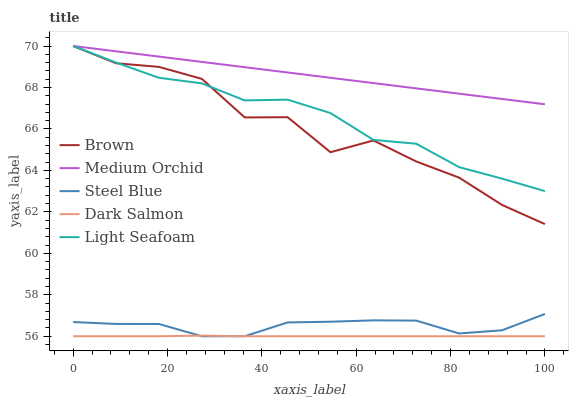
| xaxis_label | Brown | Medium Orchid | Steel Blue | Dark Salmon | Light Seafoam |
 | --- | --- | --- | --- | --- | --- |
 | 0 | 70 | 70 | 56.7 | 56 | 70 |
 | 9.09 | 69.2 | 69.7 | 56.6 | 56 | 69.2 |
 | 18.2 | 69 | 69.5 | 56.6 | 56 | 68.5 |
 | 27.3 | 68.4 | 69.2 | 56 | 56 | 68.2 |
 | 36.4 | 66.6 | 69 | 56 | 56 | 67.4 |
 | 45.5 | 66.6 | 68.7 | 56.7 | 56 | 67.4 |
 | 54.5 | 64.9 | 68.5 | 56.7 | 56 | 66.8 |
 | 63.6 | 65.4 | 68.2 | 56.8 | 56 | 65.5 |
 | 72.7 | 64.4 | 68 | 56.8 | 56 | 65.3 |
 | 81.8 | 63.7 | 67.7 | 56.1 | 56 | 64.2 |
 | 90.9 | 62.3 | 67.4 | 56.3 | 56 | 63.6 |
 | 100 | 61.4 | 67.2 | 57.1 | 56 | 63 |